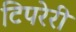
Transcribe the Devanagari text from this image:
टिपरेरी